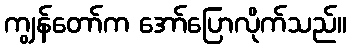
ကျွန်တော်က အော်ပြောလိုက်သည်။